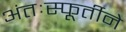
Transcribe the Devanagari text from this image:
अंतःस्फूर्तीने